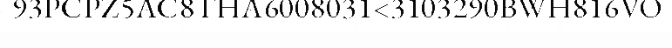
93PCPZ5AC8THA6008031<3103290BWH816VO